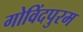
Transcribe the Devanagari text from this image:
गोविंदपुरम